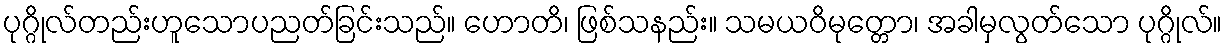
ပုဂ္ဂိုလ်တည်းဟူသောပညတ်ခြင်းသည်။ ဟောတိ၊ ဖြစ်သနည်း။ သမယဝိမုတ္တော၊ အခါမှလွတ်သော ပုဂ္ဂိုလ်။